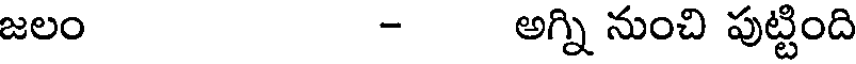
జలం - అగ్ని నుంచి పుట్టింది